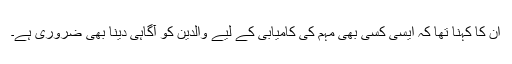
ان کا کہنا تھا کہ ایسی کسی بھی مہم کی کامیابی کے لیے والدین کو آگاہی دینا بھی ضروری ہے۔